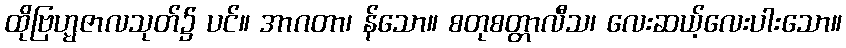
ထိုဗြဟ္မဇာလသုတ်၌ ပင်။ အာဂတာ၊ န်သော။ စတုစတ္တာလီသ၊ လေးဆယ့်လေးပါးသော။